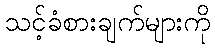
သင့်ခံစားချက်များကို